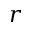
\boldsymbol { r }